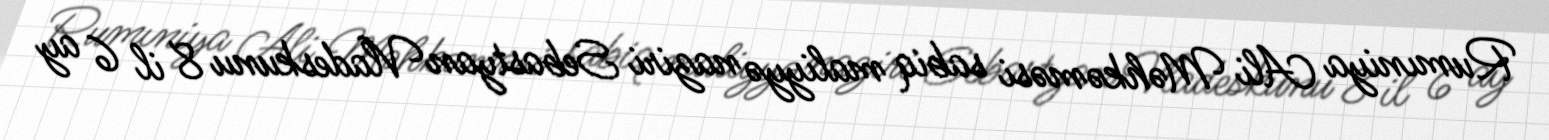
Rumıniya Ali Məhkəməsi sabiq maliyyə naziri Sebastyan Vladeskunu 8 il 6 ay